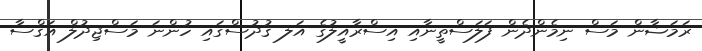
ރަމަޟާން މަސް ނިމެންދެން ފަލަސްތީނާއި އިސްރާއީލުގެ އަލ ޤުދުސްގައި ހުންނަ މަސްޖިދުލް އަޤްސާ